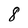
Character: 8